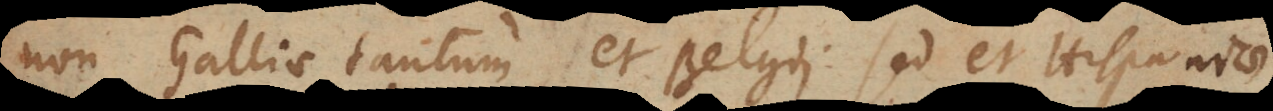
non Galliae tantum et Belgii, sed et Hispaniae